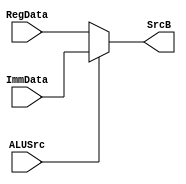
`timescale 1ns / 1ps

module RI_MUX(
    input ALUSrc,
    input [31:0] RegData,
    input [31:0] ImmData,
    output [31:0] SrcB
);

assign SrcB = ALUSrc? ImmData: RegData;

endmodule